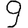
Digit: 9